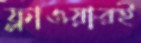
ফ্লাওয়ারই